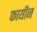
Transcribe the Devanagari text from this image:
फायीन